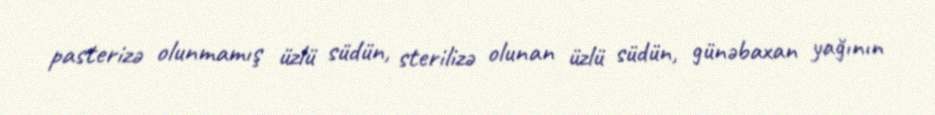
pasterizə olunmamış üzlü südün, sterilizə olunan üzlü südün, günəbaxan yağının